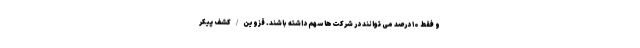
و فقط ۱۰ درصد می توانند در شرکت‌ها سهم‌ داشته باشند. قزوین/کشف پیکر